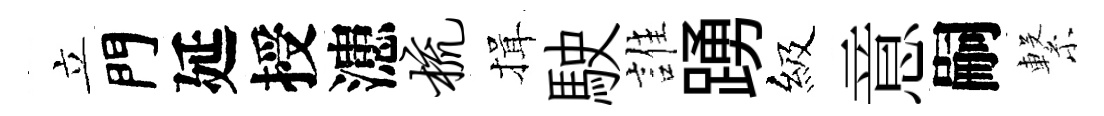
立門延授漶梳揖駛誰踴級意嗣繋